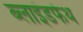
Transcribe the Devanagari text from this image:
ब्लाइंडफेथ